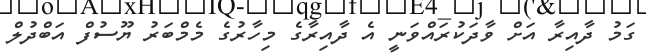
ގަމު ދާއިރާ އަށް ވާދަކުރައްވަނީ އެ ދާއިރާގެ މިހާރުގެ މެމްބަރު ޔޫސުފް އަބްދުލް